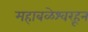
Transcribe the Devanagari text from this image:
महाबळेश्वरहून